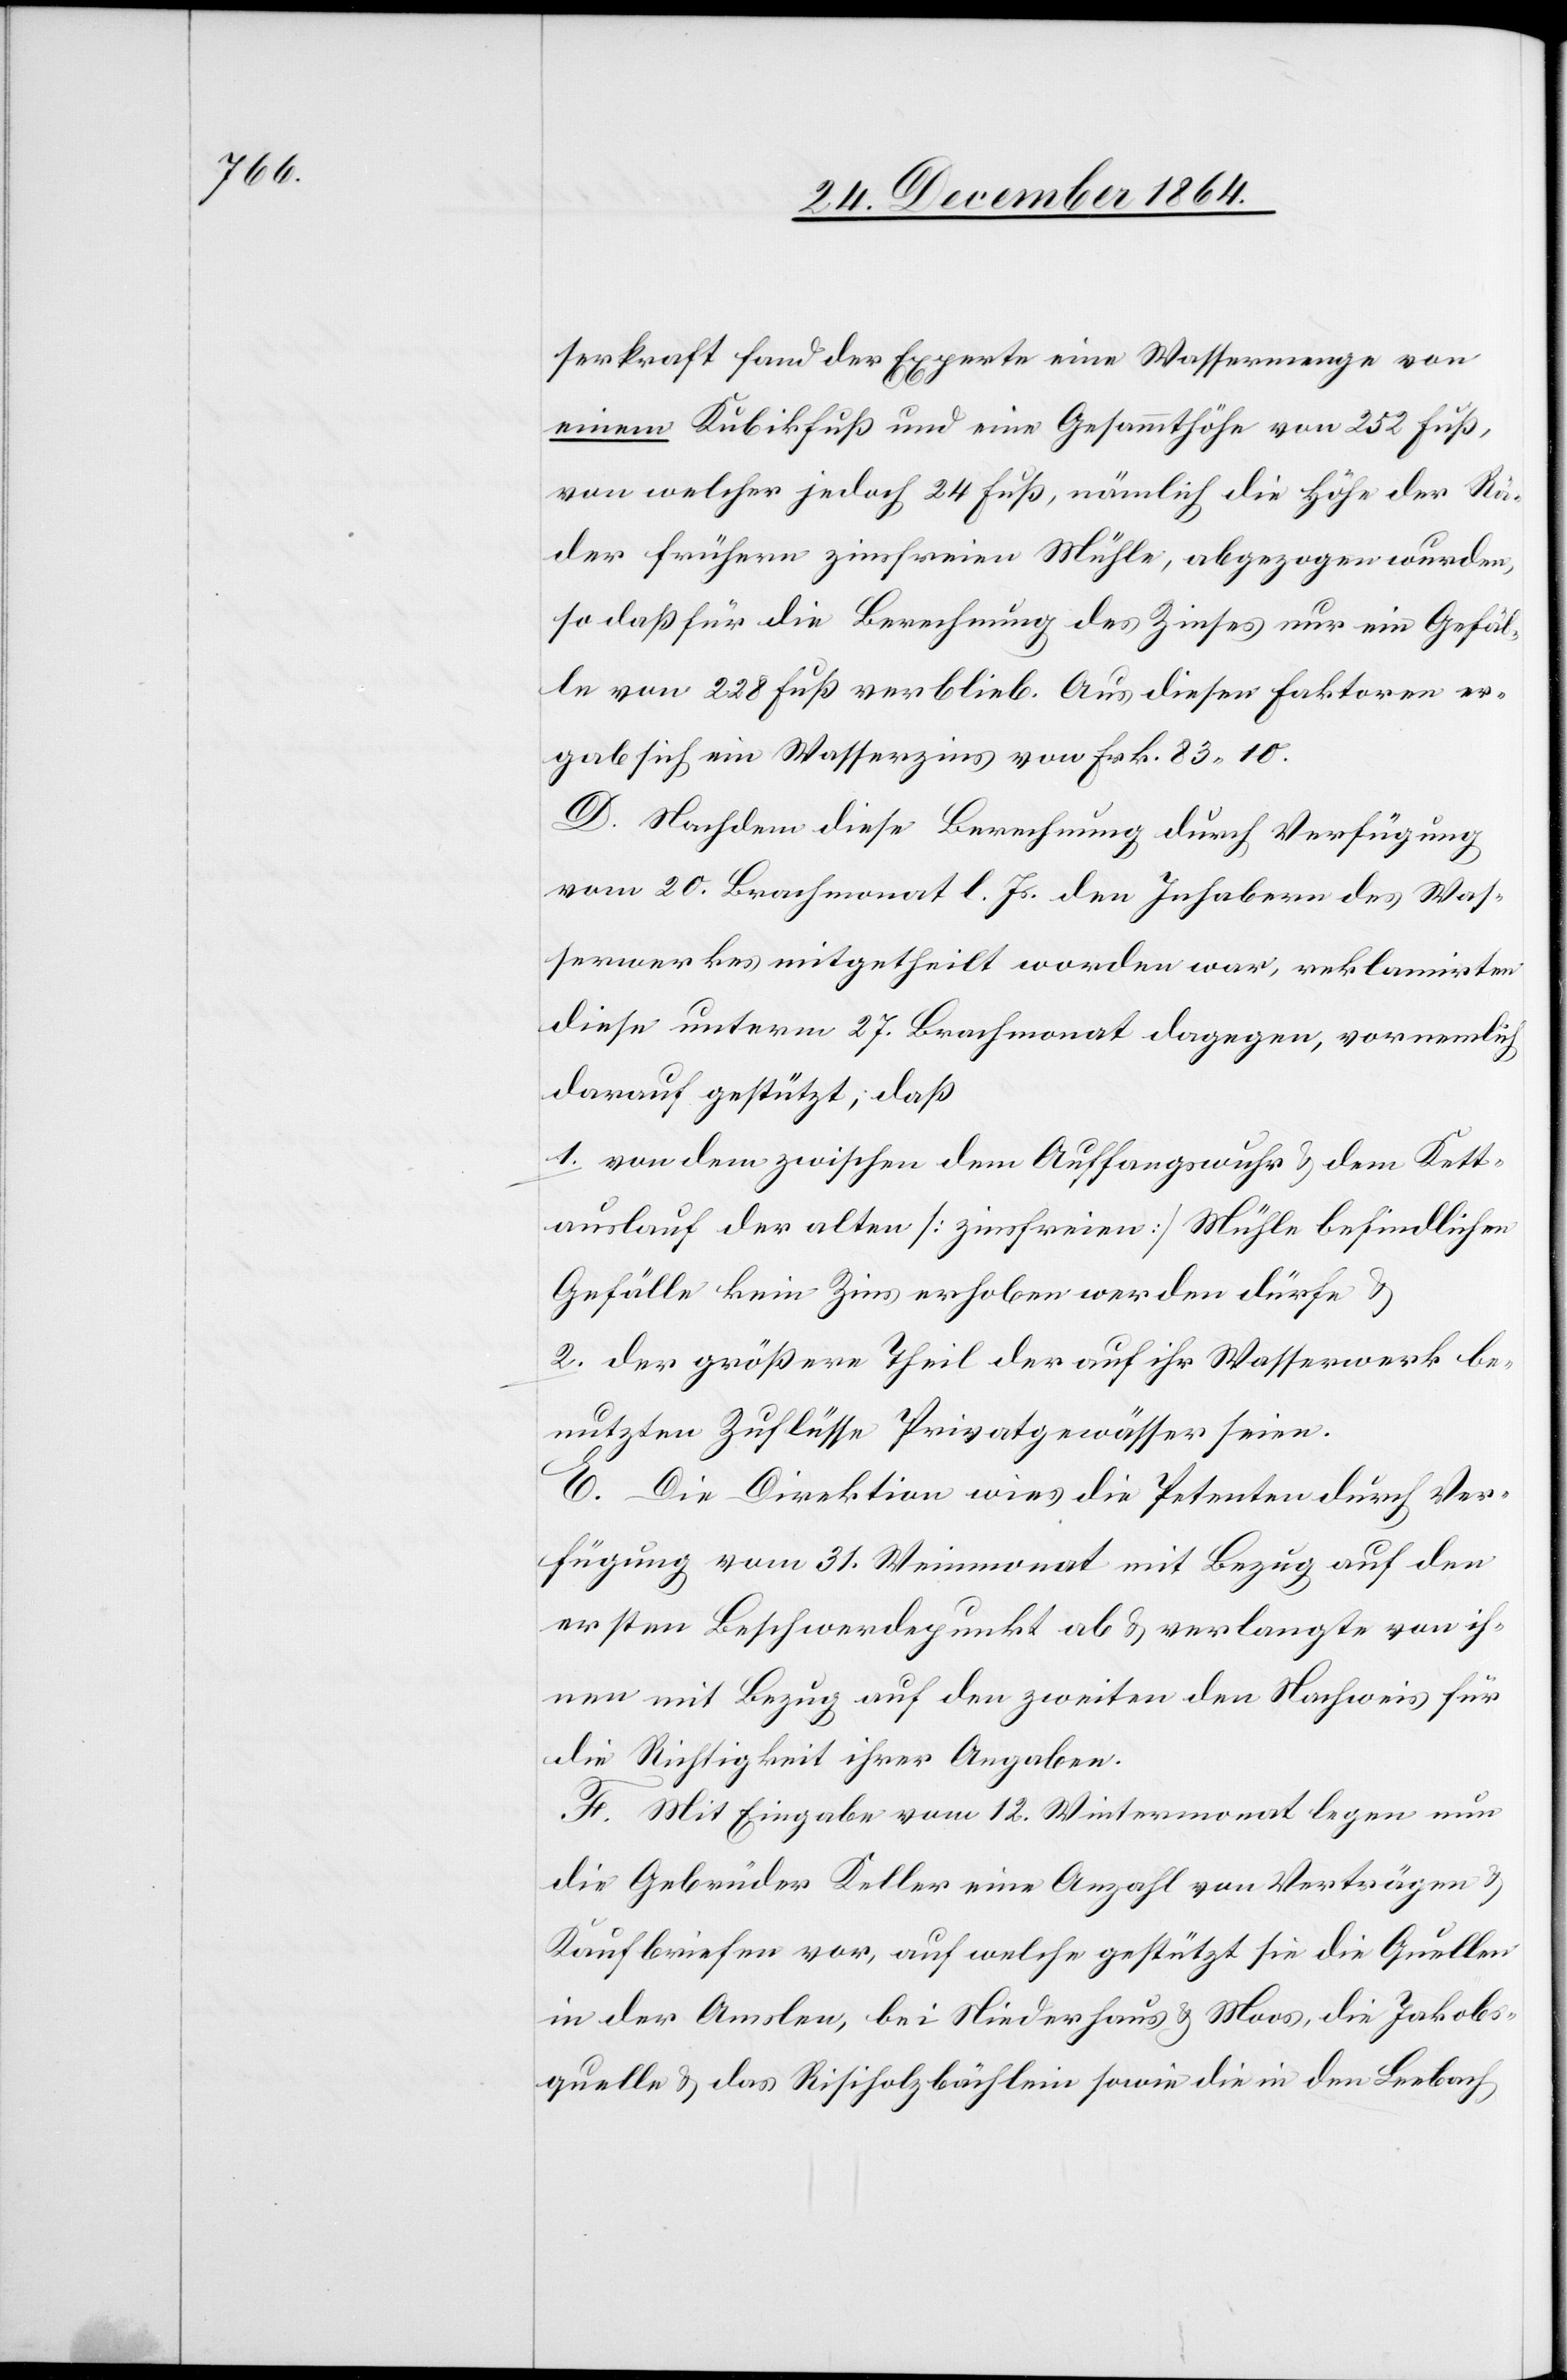
serkraft fand der Experte eine Wassermenge von
einem Kubikfuß und eine Gesammthöhe von 252 Fuß,
von welcher jedoch 24 Fuß, nämlich die Höhe der Räder
der frühern zinsfreien Mühle, abgezogen wurden,
so daß für die Berechnung des Zinses nur eine Gefäl¬
le von 228 Fuß verblieb. Aus diesen Faktoren er¬
gab sich ein Wasserzins von Frk. 83.10.
D. Nachdem diese Berechnung durch Verfügung
vom 20. Brachmonat l. Js. den Inhabern des Was¬
serwerkes mitgetheilt worden war, reklamirten
diese unterm 27. Brachmonat dagegen, vornehmlich
darauf gestützt, daß
1. von dem zwischen dem Auffangswuhr & dem Kett¬
auslauf der alten [zinsfreien] Mühle befindlichen
Gefälle kein Zins erhoben werden dürfe &
2. der größere Theil der auf ihr Wasserwerk be¬
nutzten Zuflüsse Privatgewässer seien.
E. Die Direktion wies die Petenten durch Ver¬
fügung vom 31. Weinmonat mit Bezug auf den
ersten Beschwerdepunkt ab & verlangte von ih¬
nen mit Bezug auf den zweiten den Nachweis für
die Richtigkeit ihrer Angaben.
F. Mit Eingabe vom 12. Wintermonat legen nun
die Gebrüder Keller eine Anzahl von Verträgen &
Kaufbriefen vor, auf welche gestützt sie die Quellen
in der Amseln, bei Niederhaus & Moos, die Jakobs¬
quelle & das Risiholzbächlein sowie die in den Leebach